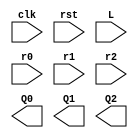
module shift_register(
    input wire clk,
    input wire rst,
    input wire L,        
    input wire r0,       
    input wire r1,       
    input wire r2,       
    output reg Q0,
    output reg Q1,
    output reg Q2
);

// add your code here

endmodule